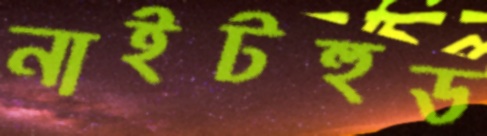
নাইটহুড